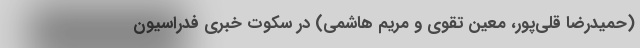
(حمیدرضا قلی‌پور،‌ معین تقوی و مریم هاشمی)‌ در سکوت خبری فدراسیون